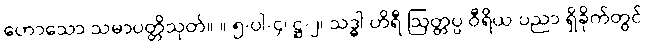
ဟောသော သမာပတ္တိသုတ်။ ။ ၅-ပါ-၄၊ ဋ္ဌ-၂၊ သဒ္ဓါ ဟိရီ ဩတ္တပ္ပ ဝီရိယ ပညာ ရှိခိုက်တွင်